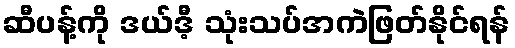
ဆီပန့်ကို ဒယ်ဒီ့ သုံးသပ်အကဲဖြတ်နိုင်ရန်